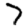
Digit: 7